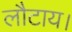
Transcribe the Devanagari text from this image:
लौटाय।